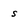
Character: s